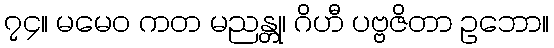
၇၄။ မမေဝ ကတ မညန္တု၊ ဂိဟီ ပဗ္ဗဇိတာ ဥဘော။